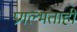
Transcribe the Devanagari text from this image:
प्रगल्भताही